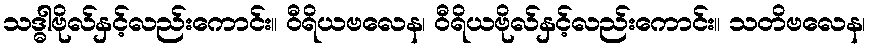
သဒ္ဓါဗိုလ်နှင့်လည်းကောင်း။ ဝီရိယဗလေန၊ ဝီရိယဗိုလ်နှင့်လည်းကောင်း။ သတိဗလေန၊